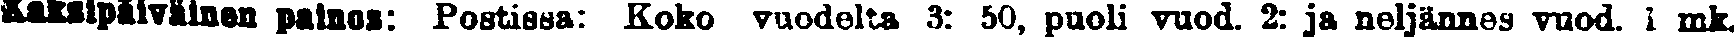
Kaksipäiväinen painos: Postissa: Koko vuodelta 3: 50, puoli vuod. 2: ja neljännes vuod. 1 mk.